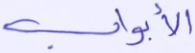
الأبواب